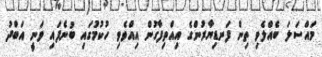
މައްސަލަ ބެއްލެވި ތިން ފަނޑިޔާރުންގެ އިއްތިފާގުން އިއްވެވި ހުކުމުގައި ބުނެފައި ވަނީ އަބްދު